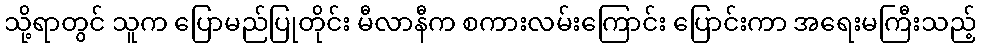
သို့ရာတွင် သူက ပြောမည်ပြုတိုင်း မီလာနီက စကားလမ်းကြောင်း ပြောင်းကာ အရေးမကြီးသည့်